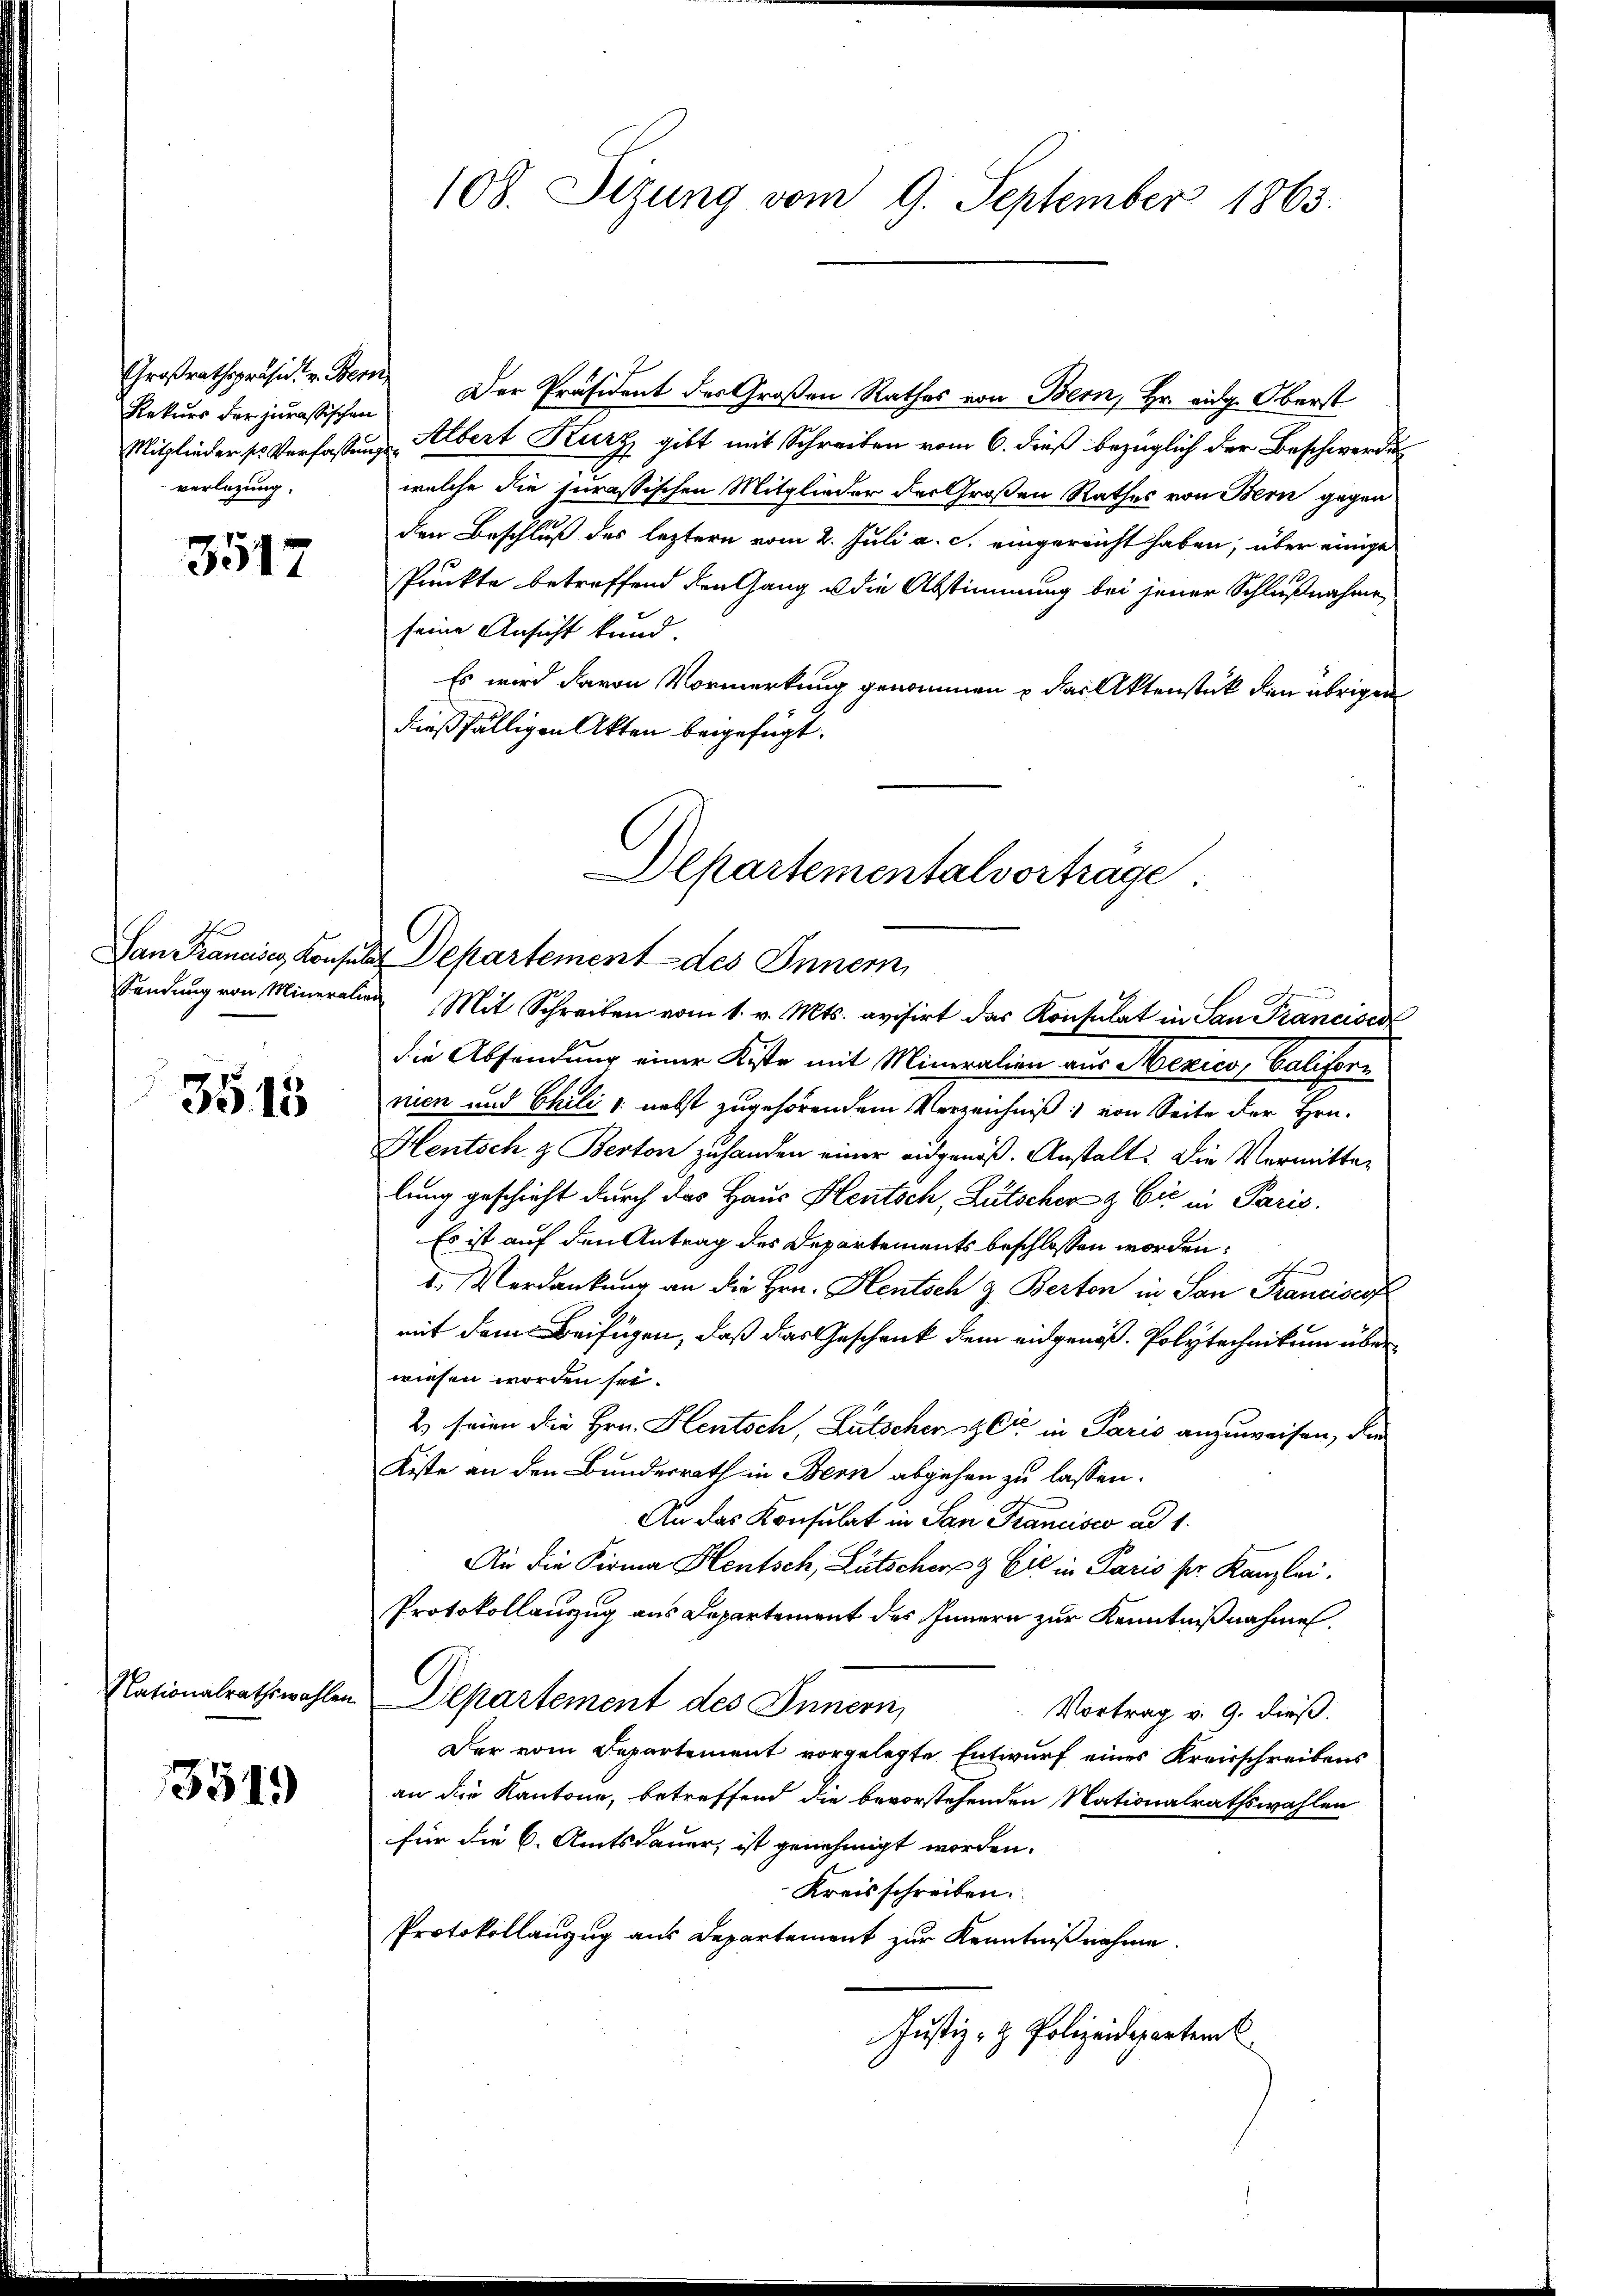
Großrathspräsid. v. Ber
Rekurs der jurassischen
verlegung.

3517

3515

3519

108. Sizung vom 9. September 1863.

Der Präsident des Großen Rathes von Bern, Hr. eidg. Oberst
Mitglieder ses Verfassung Albert Kurz gibt mit Schreiben vom 6. dieß bezüglich der Beschwerden
welche die jurassischen Mitglieder der Großen Rathes von Bern gegen
den Beschluß des leztern vom 2. Juli a. c. eingereicht haben, über einige
Punkte betreffend den Gang u die Abstimmung bei jener Schlußnahme,
seine Ansicht kund.
Es wird davon Vormerkung genommen u das Aktenstück den übrigen
dießfälligen Akten beigefügt.
Departementalvortrage

San Franciser Konsuls Departement des Innern,

Sendung von Mineralien Mit Schreiben vom 1. v. Mts. avisirt das Konsulat in San Franciscat
die Absendung einer Kiste mit Mineralien aus Mexico, Californ
nien und Chilis nebst zugehörendem Verzeichniß von Seite der Hrn.
Hentsch & Berton zuhanden einer eidgenöß. Anstalt: Die Vermittelung geschieht durch das Haus Heutsch, Lütscher & Cie in Paris.
Es ist auf den Antrag des Departements beschlossen worden:
1. Verdankung an die Hrn. Hentsch & Berton in San Francisci
mit dem Beifügen, daß das Geschenk dem eidgenöß- Polytechnikum über
wiesen worden sei.
2) seien die Hrn. Heutsch, Lätscher & Cie in Paris anzuweisen, die
Kiste an den Bundesrath in Bern abgehen zu lassen.
An das Konsulat in San Francisco ad 1.
An die Firma Hentsch, Lütscherig Eić in Paris ser Kanzlei.
Protokollauszug aus Departement des Innern zur Kenntnißnahmen.
Nationalrathswahlen Departement des Innern,
Vortrag v. 9. dieß.
Der vom Departement vorgelegte Entwurf eines Kreisschreibens
an die Kantone, betreffend die bevorstehenden Nationalrathswahlen
für die 6. Amtsdauer, ist genehmigt worden.
Kreisschreiben.
Protokollauszug aus Departement zur Kenntnißnahme.
Justiz- & Polizeidepartem